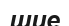
шие